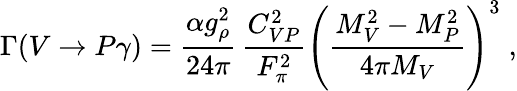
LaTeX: \Gamma(V\rightarrow P\gamma)=\frac{\alpha g_{\rho}^{2}}{24\pi}\, \frac{C_{VP}^{2}}{F_{\pi}^{2}}\left(\frac{M_{V}^{2}-M_{P}^{2}}{4\pi M_{V}}\right)^{3}\; ,